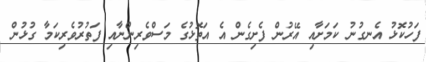
ފަހުކޮޅު އެނގުނު ކަމަށާއި އޭރުން ފެށިގެން އެ އަތޮޅުގެ މަސްވެރިންނާއި ފަތުރުވެރިކަމާ ގުޅުން